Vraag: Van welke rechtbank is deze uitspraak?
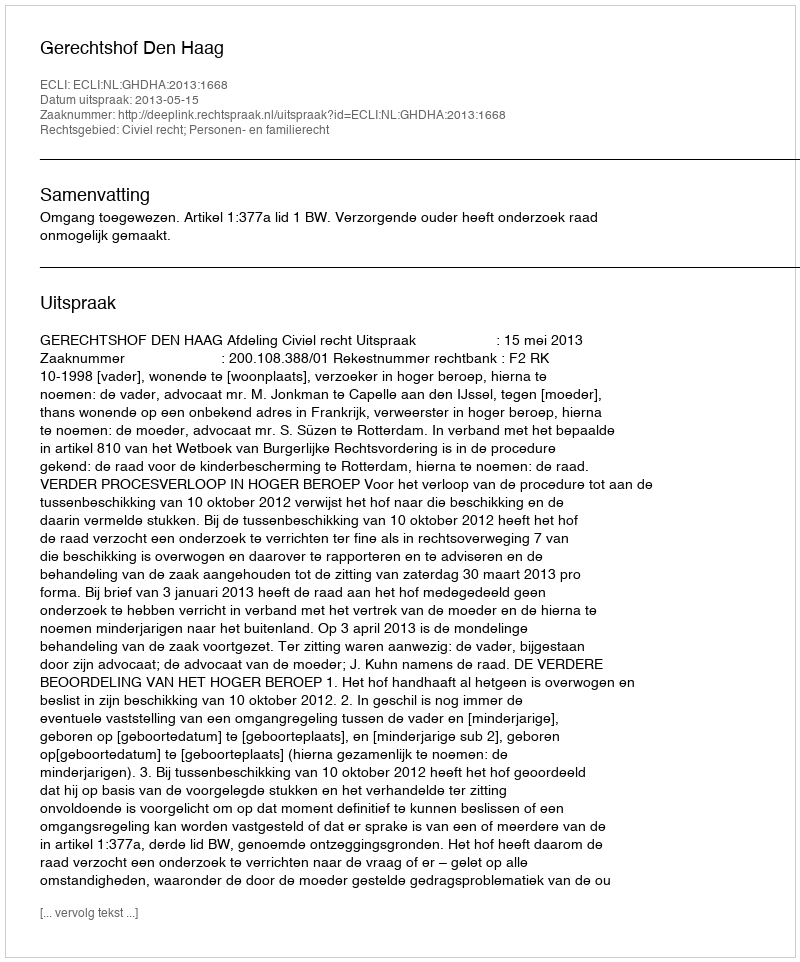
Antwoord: Gerechtshof Den Haag